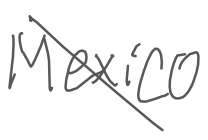
Text: Mexico.
Cross-out: diagonal
Writing tool: digital_gray